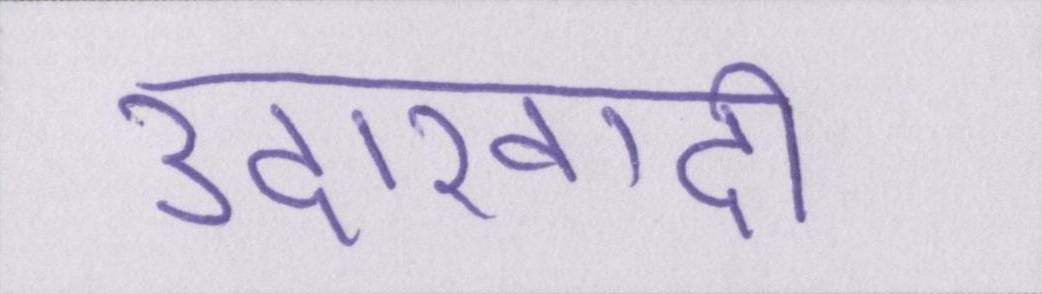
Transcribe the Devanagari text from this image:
उदारवादी